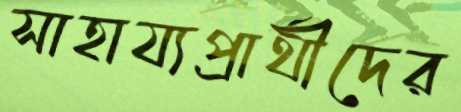
সাহায্যপ্রার্থীদের